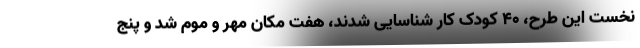
نخست این طرح، ۴۰ کودک کار شناسایی شدند، هفت مکان مهر و موم شد و پنج